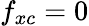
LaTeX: f_{xc}=0